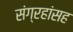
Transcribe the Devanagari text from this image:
संग्रहांसह